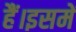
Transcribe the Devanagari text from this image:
हैं।इसमें